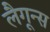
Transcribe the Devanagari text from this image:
लैगून्स